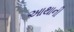
આથાની